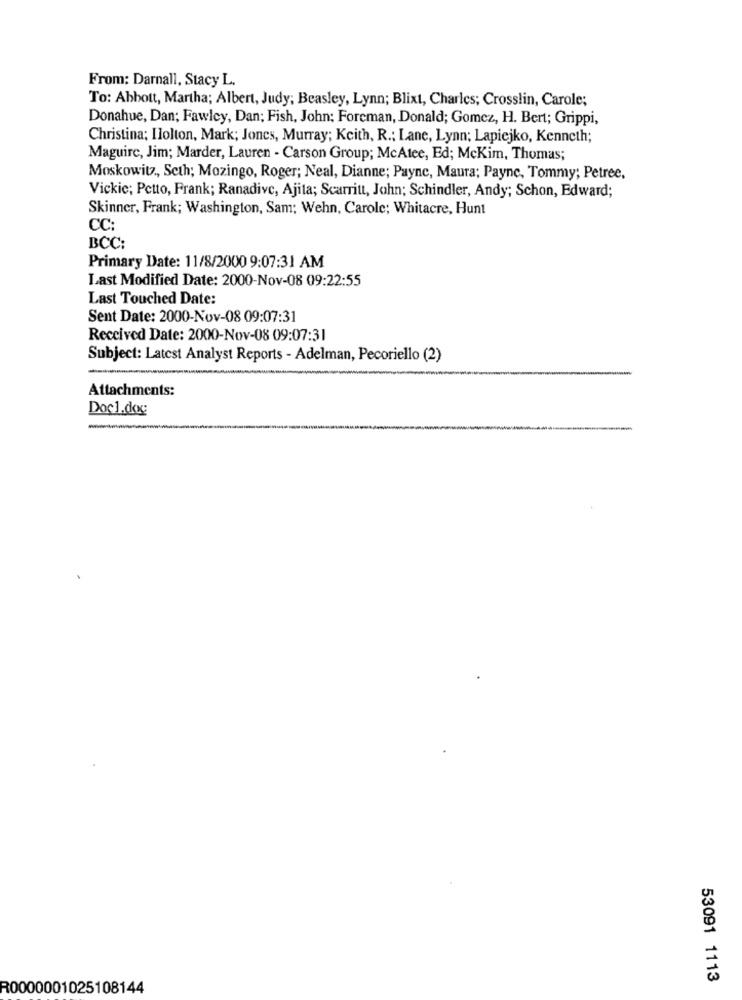
From: Darnall, Stacy L.
To: Abbott, Martha; Albert, Judy; Beasley, Lynn; Blixt, Charles; Crosslin, Carole;
Donahue, Dan; Fawlcy, Dan; Fish, John: Foreman, Donald; Gomez, H. Bert; Grippi,
Christina; Ilolton, Mark; Jones, Murray; Keith, R .; Lane, Lynn; Lapiejko, Kenneth;
Maguire, Jim; Marder, Lauren - Carson Group; McAtee, Ed; McKim, Thomas;
Moskowitz ,, Seth; Mozingo, Roger; Neal, Dianne; Payne, Maura; Payne, Tommy; Petree,
Vickie; Petto, Frank; Ranadive, Ajita; Scarritt, John; Schindler, Andy; Schon, Edward;
Skinner, Frank; Washington, Sam; Wehn, Carole; Whitacre, Hunt
CC:
BCC:
Primary Date: 11/8/2000 9:07:31 AM
Last Modified Date: 2000-Nov-08 09:22:55
Last Touched Date:
Sent Date: 2000-Nov-08 09:07:31
Received Date: 2000-Nov-08 09:07:31
Subject: Latest Analyst Reports - Adelman, Pecoriello (2)
Attachments:
Doc1.dog
53091 1113
R0000001025108144